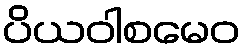
ပိယဝါစမေဝ